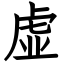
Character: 虚